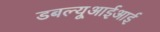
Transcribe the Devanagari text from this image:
डबल्यूआईआई